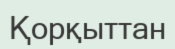
Қорқыттан